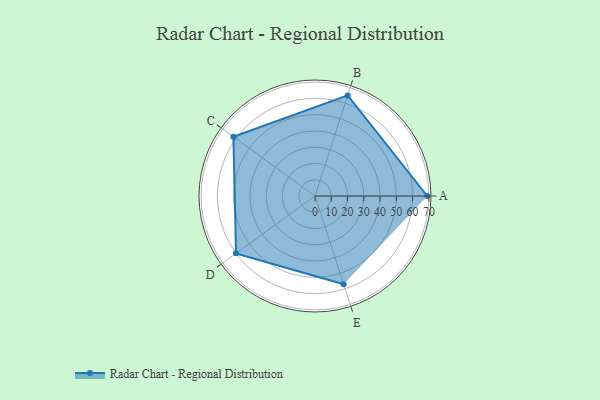
{"axis": {"x": "Skill", "y": "Score"}, "legend": ["Profile"], "data": [{"x": "A", "y": 69.0, "type": "Profile"}, {"x": "B", "y": 65.0, "type": "Profile"}, {"x": "C", "y": 62.0, "type": "Profile"}, {"x": "D", "y": 60.0, "type": "Profile"}, {"x": "E", "y": 57.0, "type": "Profile"}]}